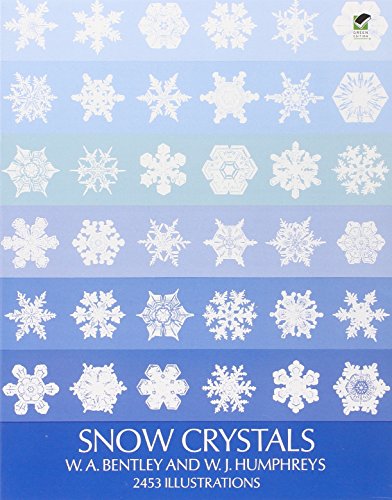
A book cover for Snow Crystals (Dover Pictorial Archive); W. A. Bentley; Arts & Photography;